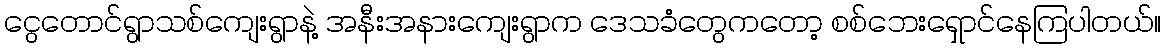
ငွေတောင်ရွာသစ်ကျေးရွာနဲ့ အနီးအနားကျေးရွာက ဒေသခံတွေကတော့ စစ်ဘေးရှောင်နေကြပါတယ်။